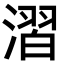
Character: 漝